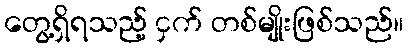
တွေ့ရှိရသည့် ငှက် တစ်မျိုးဖြစ်သည်။